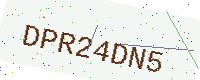
Text: DPR24DN5